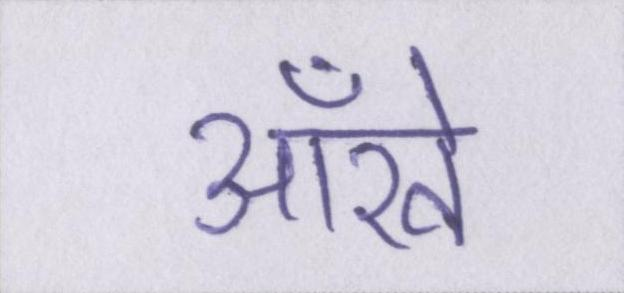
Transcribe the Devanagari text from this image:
आँखे